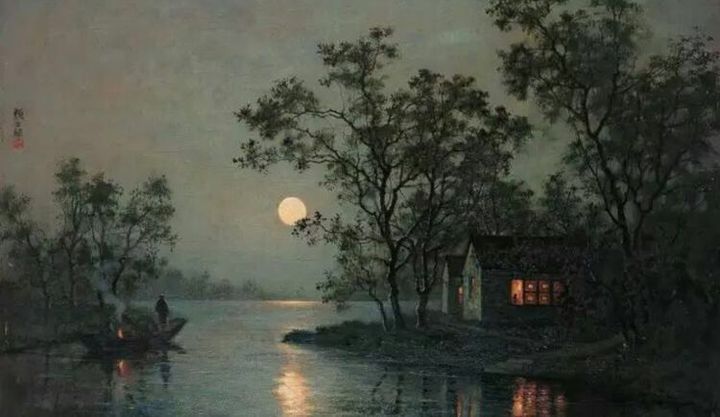
早是他乡值早秋，江亭明月带江流。